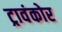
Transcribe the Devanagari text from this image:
ट्रावंकोर